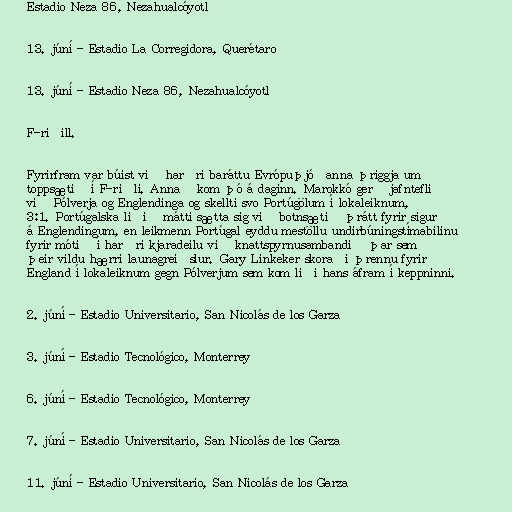
Estadio Neza 86, Nezahualcóyotl

13. júní - Estadio La Corregidora, Querétaro

13. júní - Estadio Neza 86, Nezahualcóyotl

F-riðill.

Fyrirfram var búist við harðri baráttu Evrópuþjóðanna þriggja um
toppsætið í F-riðli. Annað kom þó á daginn. Marokkó gerð jafntefli
við Pólverja og Englendinga og skellti svo Portúgölum í lokaleiknum,
3:1. Portúgalska liðið mátti sætta sig við botnsætið þrátt fyrir sigur
á Englendingum, en leikmenn Portúgal eyddu mestöllu undirbúningstímabilinu
fyrir mótið í harðri kjaradeilu við knattspyrnusambandið þar sem
þeir vildu hærri launagreiðslur. Gary Linkeker skoraði þrennu fyrir
England í lokaleiknum gegn Pólverjum sem kom liði hans áfram í keppninni.

2. júní - Estadio Universitario, San Nicolás de los Garza

3. júní - Estadio Tecnológico, Monterrey

6. júní - Estadio Tecnológico, Monterrey

7. júní - Estadio Universitario, San Nicolás de los Garza

11. júní - Estadio Universitario, San Nicolás de los Garza